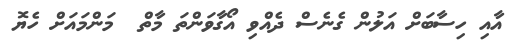
އާއި ހިސާބަށް އަލުން ގެނެސް ދެއްވި އޯގާވަންތަ މާތް  މަންމައަށް ހެޔޮ